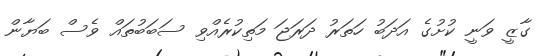
ގާޒީ ވަނީ ކުށުގެ އަދަބު ހަތަރު ދަރަޖަ މަތިކުރެއްވި ސަބަބުތައް ވެސް ބަޔާން